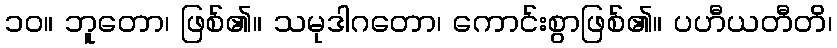
၁၀။ ဘူတော၊ ဖြစ်၏။ သမုဒါဂတော၊ ကောင်းစွာဖြစ်၏။ ပဟီယတီတိ၊